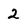
Character: 2